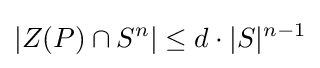
|Z(P)\cap S^{n}|\leq d\cdot |S|^{n-1}